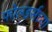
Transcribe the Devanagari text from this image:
फोल्डर्सच्या